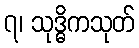
၇၊ သုဒ္ဓိကသုတ်